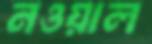
নওয়াল